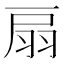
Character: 扇